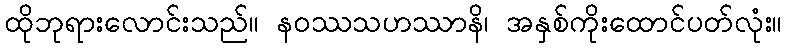
ထိုဘုရားလောင်းသည်။ နဝဿသဟဿာနိ၊ အနှစ်ကိုးထောင်ပတ်လုံး။